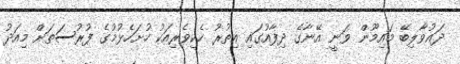
ދައުވާލިބޭ މައިމޫން ވަނީ އޭނާގެ ދިފާއުގައި އިތުރު ހެކިވެރިއަކު ހުށަހެޅުމުގެ ފުރުސަތަށް މިއަދު